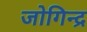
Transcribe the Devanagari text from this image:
जोगिन्द्र